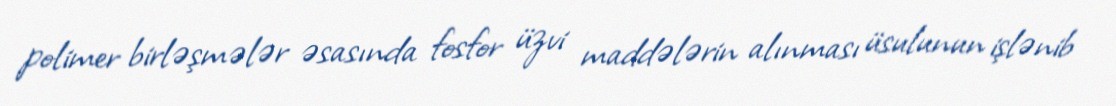
polimer birləşmələr əsasında fosfor üzvi maddələrin alınması üsulunun işlənib